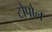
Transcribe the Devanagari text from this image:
टोपोल